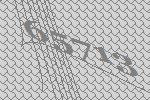
65713